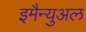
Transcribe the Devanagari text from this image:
इमैन्युअल